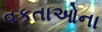
વકતાઓના